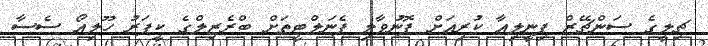
ޗިލީގެ ސަންޗޭޒް ޕިނީލިއާ ކުރިއަށް ފޮނުވާލި ޕެނަލްޓީތަށް ބްރެޒިލްގެ ކީޕަރު ހޫލިއޯ ސެސާ